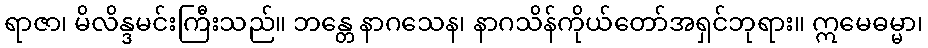
ရာဇာ၊ မိလိန္ဒမင်းကြီးသည်။ ဘန္တေ နာဂသေန၊ နာဂသိန်ကိုယ်တော်အရှင်ဘုရား။ ဣမေဓမ္မာ၊